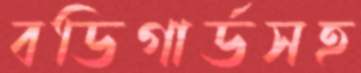
বডিগার্ডসহ